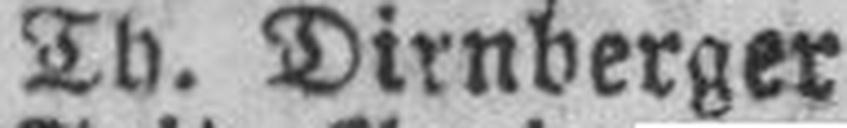
Tv. Dirnberger